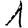
Digit: 1